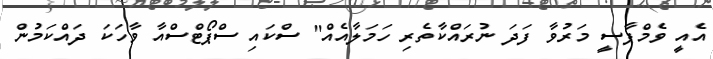
އެއީ ވެމްޕާސީ މަރުވާ ފަދަ ނުރައްކާތެރި ހަމަލާއެއް" ސްކައި ސްޕޯޓްސްއާ ވާހަކަ ދައްކަމުން